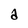
Character: a